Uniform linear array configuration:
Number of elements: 32
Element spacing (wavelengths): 0.75
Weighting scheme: cosine
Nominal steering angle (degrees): -60
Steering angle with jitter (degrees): -60.505
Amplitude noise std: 0.05
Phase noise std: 0.05

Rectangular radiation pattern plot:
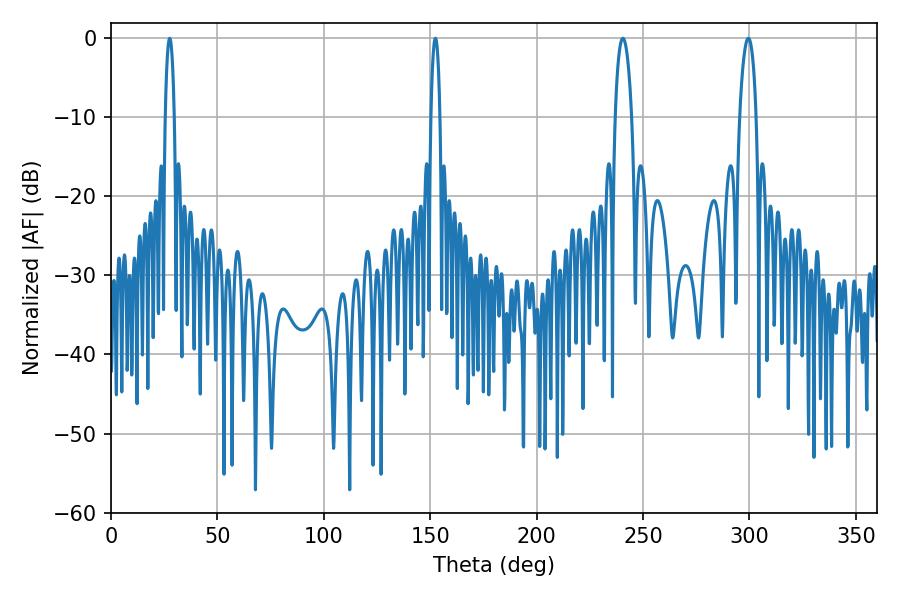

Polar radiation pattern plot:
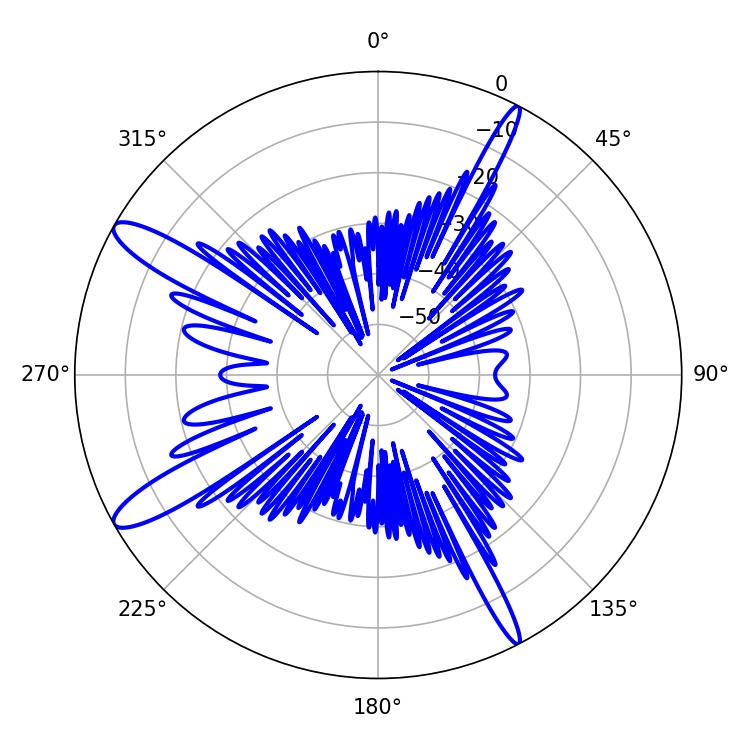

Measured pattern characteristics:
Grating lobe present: TRUE
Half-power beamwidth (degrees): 4.32
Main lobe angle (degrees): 240.48